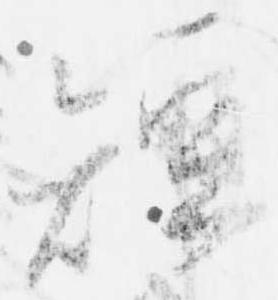
短